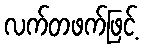
လက်တဖက်ဖြင့်